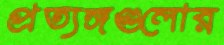
প্রত্যঙ্গগুলোর